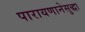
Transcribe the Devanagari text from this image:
पारायणानेसुद्धा